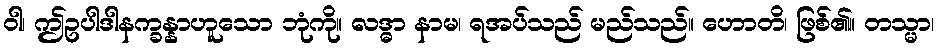
ဝါ၊ ဤဥပါဒါနက္ခန္နာဟူသော ဘုံကို။ လဒ္ဓာ နာမ၊ ရအပ်သည် မည်သည်။ ဟောတိ၊ ဖြစ်၏။ တသ္မာ၊